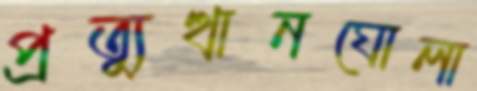
প্রত্যুত্থানঘোলা